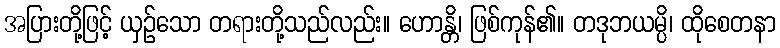
အပြားတို့ဖြင့် ယှဉ်သော တရားတို့သည်လည်း။ ဟောန္တိ၊ ဖြစ်ကုန်၏။ တဒုဘယမ္ပိ၊ ထိုစေတနာ